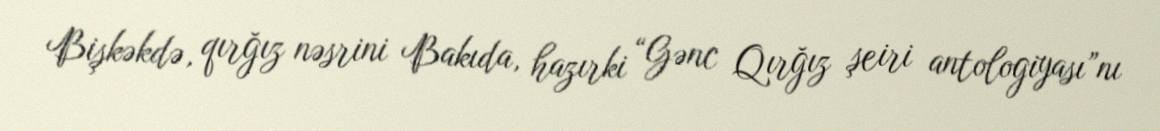
Bişkəkdə, qırğız nəsrini Bakıda, hazırki “Gənc Qırğız şeiri antologiyası”nı